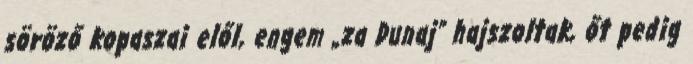
söröző kopaszai elől, engem „za Dunaj” hajszoltak, őt pedig